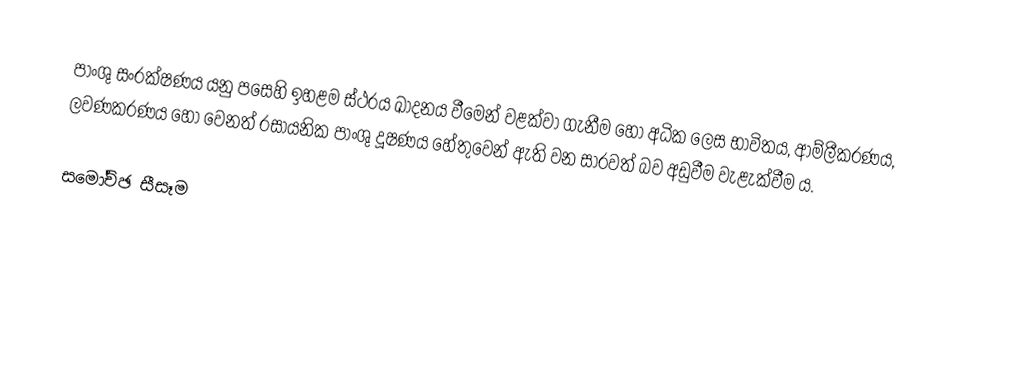
පාංශු සංරක්ෂණය යනු පසෙහි ඉහළම ස්ථරය ඛාදනය වීමෙන් වළක්වා ගැනීම හෝ අධික ලෙස භාවිතය, ආම්ලීකරණය, ලවණකරණය හෝ වෙනත් රසායනික පාංශු දූෂණය හේතුවෙන් ඇති වන සාරවත් බව අඩුවීම වැළැක්වීම ය.

සමෝච්ඡ සීසෑම